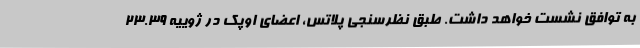
به توافق نشست خواهد داشت. طبق نظرسنجی پلاتس، اعضای اوپک در ژوییه 23.39